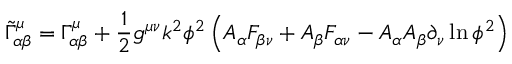
{ \widetilde { \Gamma } } _ { \alpha \beta } ^ { \mu } = \Gamma _ { \alpha \beta } ^ { \mu } + { \frac { 1 } { 2 } } g ^ { \mu \nu } k ^ { 2 } \phi ^ { 2 } \left( A _ { \alpha } F _ { \beta \nu } + A _ { \beta } F _ { \alpha \nu } - A _ { \alpha } A _ { \beta } \partial _ { \nu } \ln \phi ^ { 2 } \right)